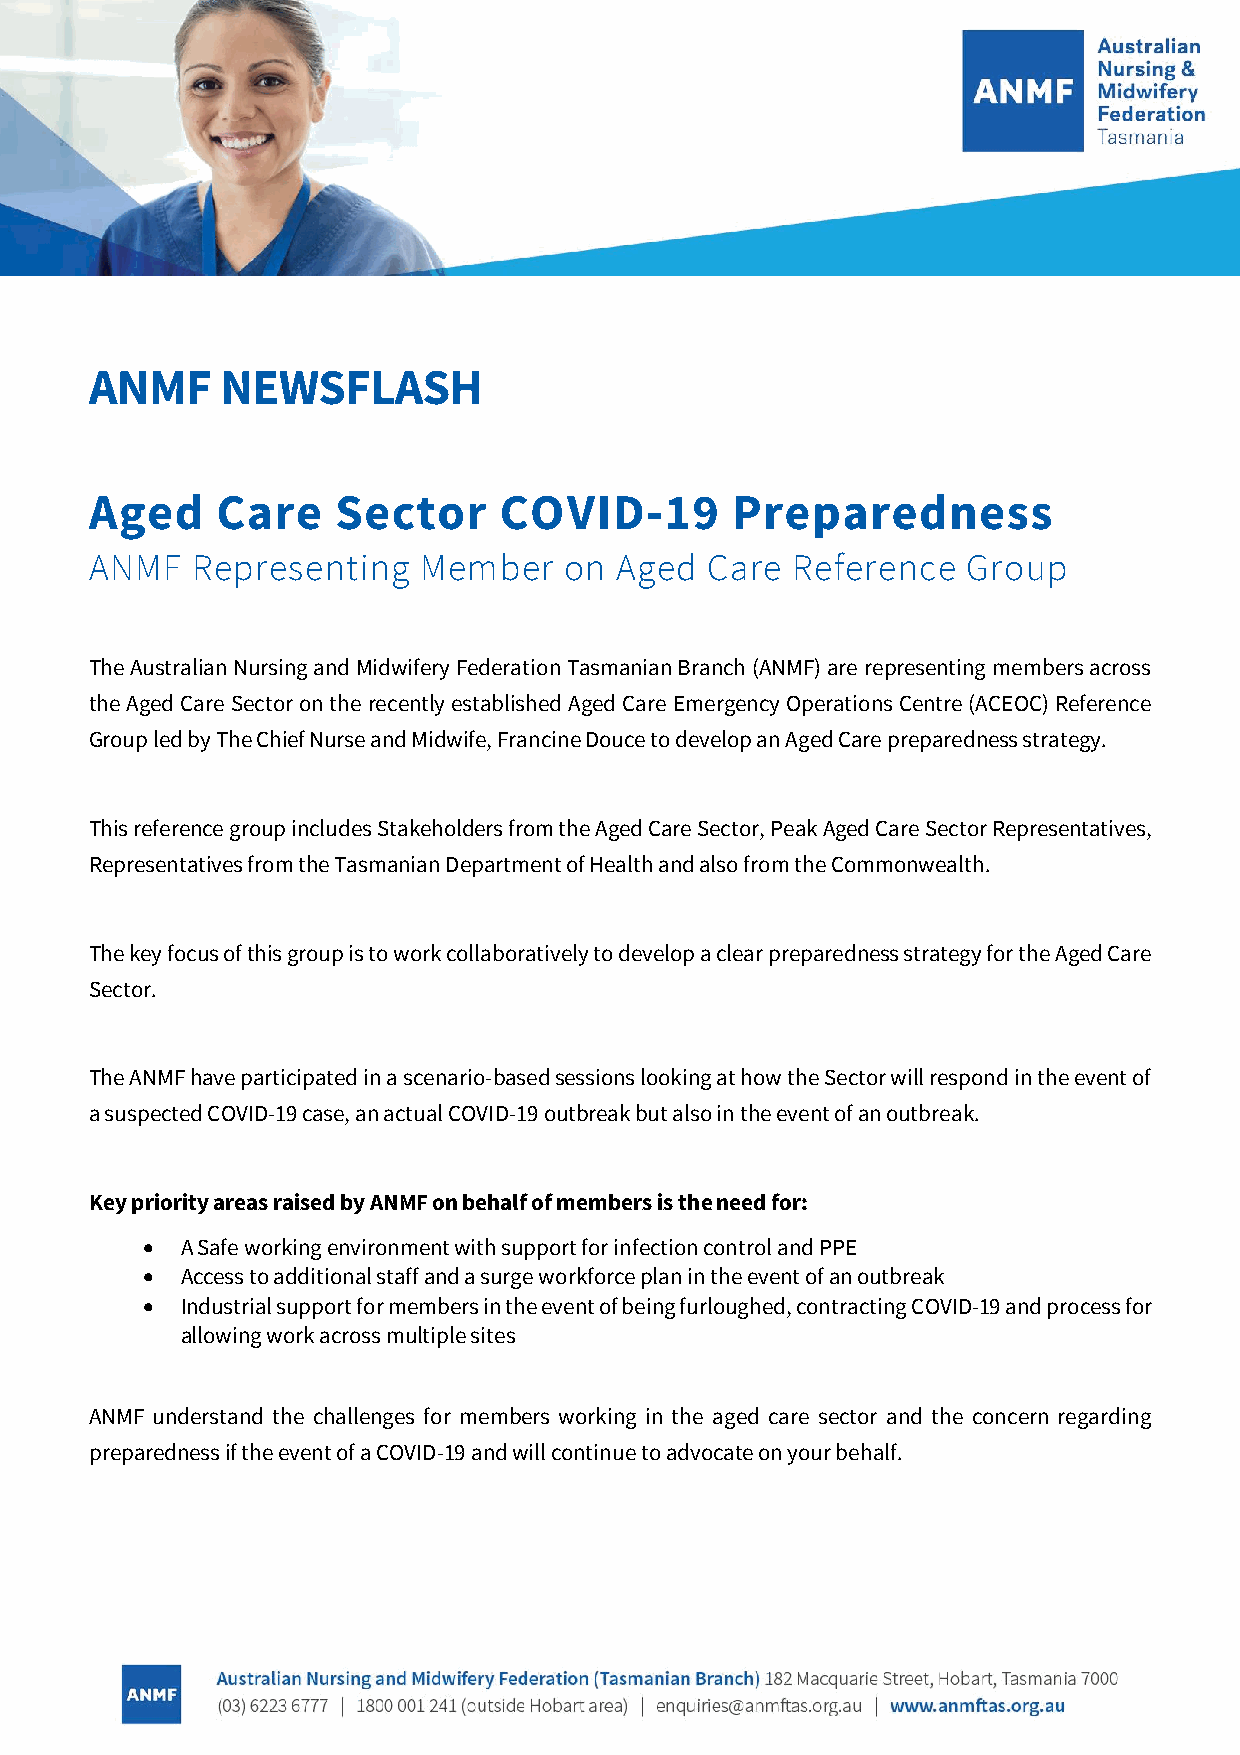
ANMF     NEWSFLASH
 Aged    Care    Sector     COVID-19       Preparedness
 ANMF   Representing   Member   on  Aged  Care Reference   Group
 The Australian Nursing and Midwifery Federation Tasmanian Branch (ANMF) are representing members across
 the Aged Care Sector on the recently established Aged Care Emergency Operations Centre (ACEOC) Reference
 Group led by The Chief Nurse and Midwife, Francine Douce to develop an Aged Care preparedness strategy.
 This reference group includes Stakeholders from the Aged Care Sector, Peak Aged Care Sector Representatives,
 Representatives from the Tasmanian Department of Health and also from the Commonwealth.
 The key focus of this group is to work collaboratively to develop a clear preparedness strategy for the Aged Care
 Sector.
 The ANMF have participated in a scenario-based sessions looking at how the Sector will respond in the event of
 a suspected COVID-19 case, an actual COVID-19 outbreak but also in the event of an outbreak.
 Key priority areas raised by ANMF on behalf of members is the need for:
 •  A Safe working environment with support for infection control and PPE
 •  Access to additional staff and a surge workforce plan in the event of an outbreak
 •  Industrial support for members in the event of being furloughed, contracting COVID-19 and process for
 allowing work across multiple sites
 ANMF understand the challenges for members working in the aged care sector and the concern regarding
 preparedness if the event of a COVID-19 and will continue to advocate on your behalf.